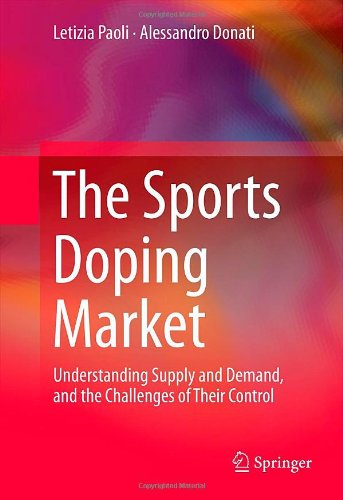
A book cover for The Sports Doping Market: Understanding Supply and Demand, and the Challenges of Their Control; Letizia Paoli; Law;